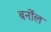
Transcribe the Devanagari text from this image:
बर्नोल